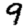
Digit: 9